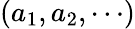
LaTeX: (a_{1},a_{2},\cdots)